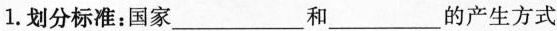
1.划分标准：国家___和___的产生方式